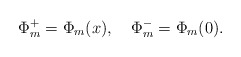
\begin{align*}\Phi_m^+=\Phi_m(x),\quad\Phi_m^-=\Phi_m(0).\end{align*}